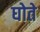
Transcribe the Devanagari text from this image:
घोते